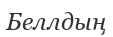
Беллдың